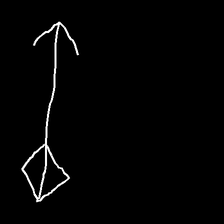
Glyph: focus